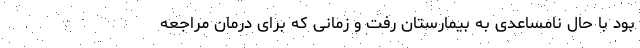
بود با حال نامساعدی به بیمارستان رفت و زمانی که برای درمان مراجعه